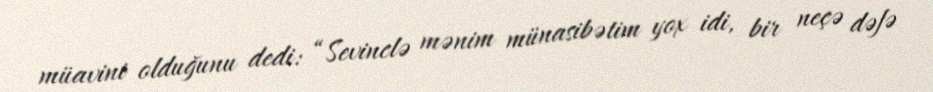
müavini olduğunu dedi: “Sevinclə mənim münasibətim yox idi, bir neçə dəfə